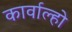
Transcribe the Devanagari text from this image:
कार्वाल्हो